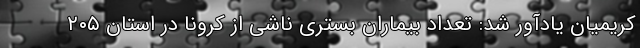
کریمیان یادآور شد: تعداد بیماران بستری ناشی از کرونا در استان ۲۰۵